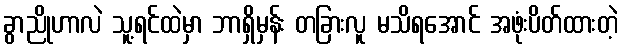
ခွာညိုဟာလဲ သူ့ရင်ထဲမှာ ဘာရှိမှန်း တခြားလူ မသိရအောင် အဖုံးပိတ်ထားတဲ့